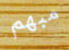
مبهم